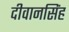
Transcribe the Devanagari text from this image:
दीवानसिंह